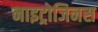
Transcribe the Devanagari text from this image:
नाइट्रोजिनस